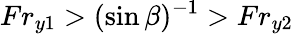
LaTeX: Fr_{y1}>(\sin\beta)^{-1}>Fr_{y2}